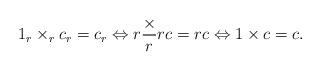
LaTeX: \begin{align*}1_{r}\times_{r}c_{r}=c_{r}\Leftrightarrow r\frac{\times}{r}rc=rc \Leftrightarrow 1\times c=c.\end{align*}